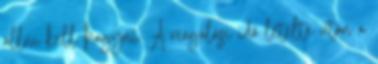
állni kell hagyni. A reagálási idõ letelte után a